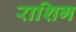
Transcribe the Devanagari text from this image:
राशिग